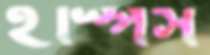
ইস্পিস